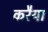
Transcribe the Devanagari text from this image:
करैया